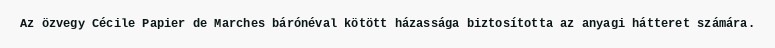
Az özvegy Cécile Papier de Marches bárónéval kötött házassága biztosította az anyagi hátteret számára.